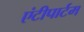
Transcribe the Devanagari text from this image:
एंटीपार्टम